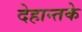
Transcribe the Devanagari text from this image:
देहान्तके